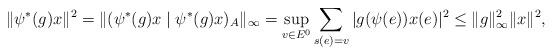
LaTeX: \begin{align*} \|\psi^*(g)x\|^2 = \|(\psi^*(g)x \mid \psi^*(g)x)_A\|_{\infty} = \sup_{v \in E^0} \sum_{s(e)=v} |g(\psi(e))x(e)|^2 \le \|g\|_{\infty}^2 \|x\|^2,\end{align*}